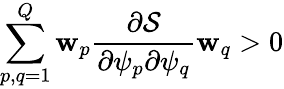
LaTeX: \sum_{p,q=1}^{Q}\mathbf{w}_{p}\frac{{\partial\mathcal{{S}}}}{{\partial\psi_{p}\partial\psi_{q}}}\mathbf{w}_{q}>0